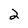
Character: 2